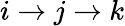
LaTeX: i\rightarrow j\rightarrow k